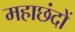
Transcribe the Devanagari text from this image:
महाछंदों